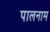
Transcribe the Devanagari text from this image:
पालनाम